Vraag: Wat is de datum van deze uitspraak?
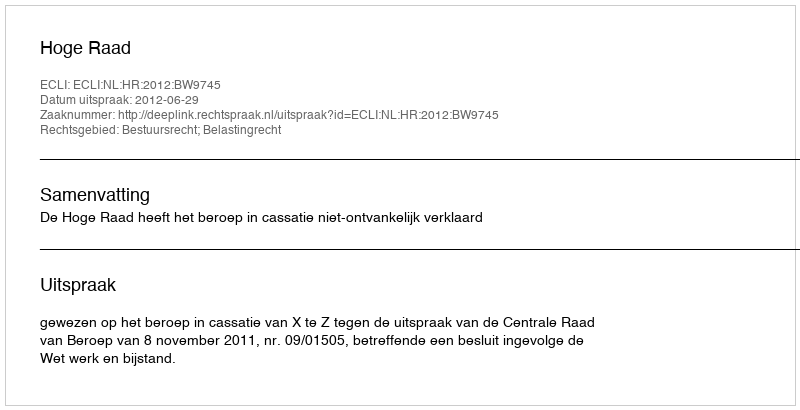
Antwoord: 2012-06-29